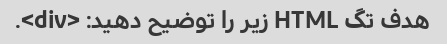
هدف تگ HTML زیر را توضیح دهید: <div>.